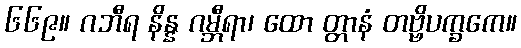
၆၆၉။ ဂဘီရ နိန္န ဂမ္ဘီရာ၊ ထော တ္တာနံ တဗ္ဗိပက္ခကေ။